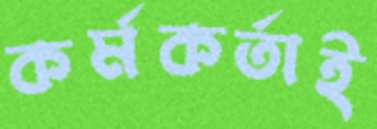
কর্মকর্তাই